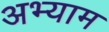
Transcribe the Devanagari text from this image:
अभ्याम